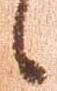
候